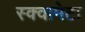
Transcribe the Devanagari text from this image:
स्क्वामेटा